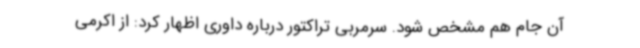
آن جام هم مشخص شود. سرمربی تراکتور درباره داوری اظهار کرد: از اکرمی